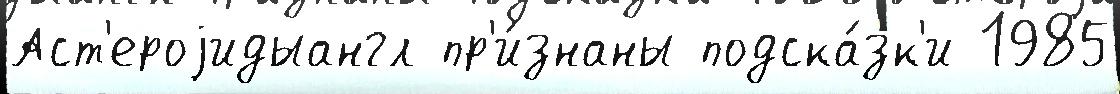
Аст'ероjидыангл пр'и́знаны подска́зк'и 1985